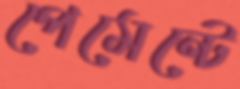
পেমেন্টে